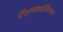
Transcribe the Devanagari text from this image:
पॅराग्लायडिंगच्या